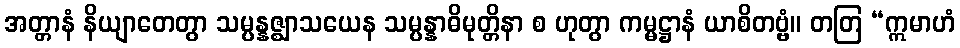
အတ္တာနံ နိယျာတေတွာ သမ္ပန္နဇ္ဈာသယေန သမ္ပန္နာဓိမုတ္တိနာ စ ဟုတွာ ကမ္မဋ္ဌာနံ ယာစိတဗ္ဗံ။ တတြ “ဣမာဟံ